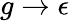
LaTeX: g\rightarrow\epsilon